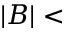
| B | <